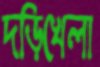
দড়িখেলা